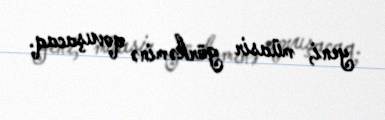
yeni, müasir görkəminə qovuşacaq.